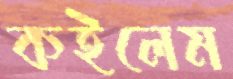
কইলেম